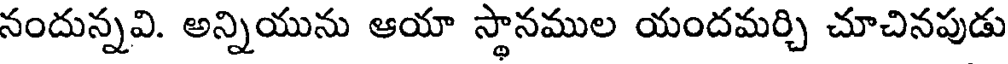
నందున్నవి. అన్నియును ఆయా స్థానముల యందమర్చి చూచినపుడు